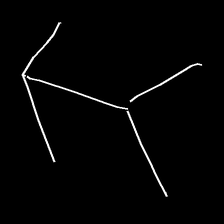
Glyph: gather